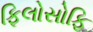
ફિલોસોફિ